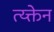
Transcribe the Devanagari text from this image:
त्य्क्तेन